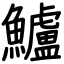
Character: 鱸